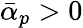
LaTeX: \bar{\alpha}_{p}>0